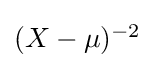
{\textstyle (X-\mu )^{-2}}